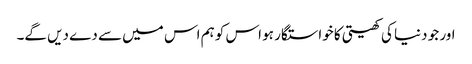
اور جو دنیا کی کھیتی کا خواستگار ہو اس کو ہم اس میں سے دے دیں گے۔